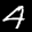
Label: 4